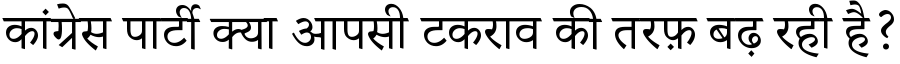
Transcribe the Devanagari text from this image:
कांग्रेस पार्टी क्या आपसी टकराव की तरफ़ बढ़ रही है?